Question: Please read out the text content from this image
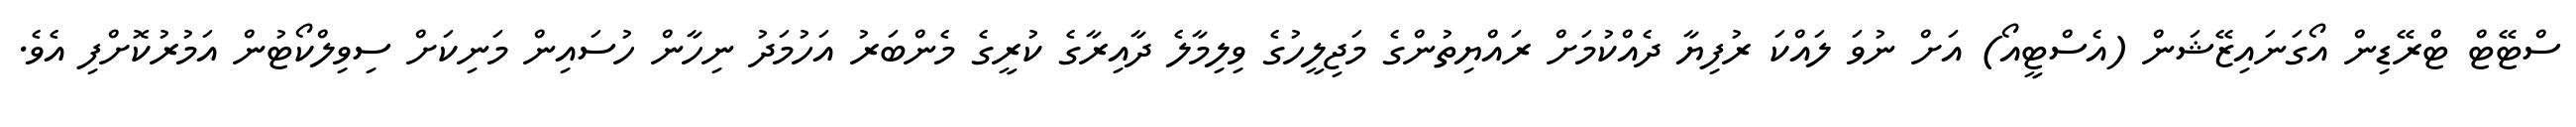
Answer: ސްޓޭޓް ޓްރޭޑިން އޯގަނައިޒޭޝަން (އެސްޓީއޯ) އަށް ނުވަ ލައްކަ ރުފިޔާ ދެއްކުމަށް ރައްޔިތުންގެ މަޖިލީހުގެ ވިލިމާލެ ދާއިރާގެ ކުރީގެ މެންބަރު އަހުމަދު ނިހާން ހުސައިން މަނިކަށް ސިވިލްކޯޓުން އަމުރުކޮށްފި އެވެ.